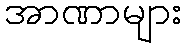
အာဏာများ